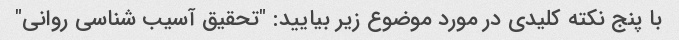
با پنج نکته کلیدی در مورد موضوع زیر بیایید: "تحقیق آسیب شناسی روانی"